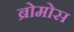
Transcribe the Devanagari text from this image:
ब्रोमोस